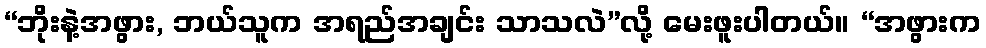
“ဘိုးနဲ့အဖွား, ဘယ်သူက အရည်အချင်း သာသလဲ”လို့ မေးဖူးပါတယ်။ “အဖွားက